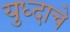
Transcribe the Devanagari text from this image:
युध्दाचे